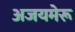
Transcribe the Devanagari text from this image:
अजयमेरू